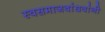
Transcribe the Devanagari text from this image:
स्वसमाजबांधवांनी